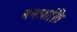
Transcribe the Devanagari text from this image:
मनःशांति